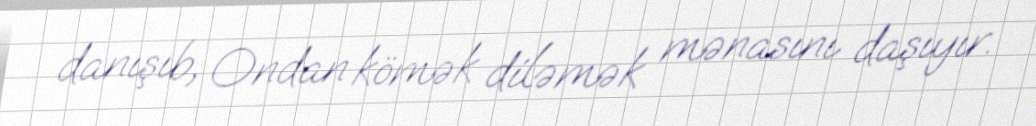
danışıb, Ondan kömək diləmək mənasını daşıyır.